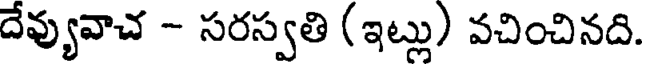
దేవ్యువాచ - సరస్వతి (ఇట్లు) వచించినది.